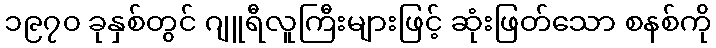
၁၉၇၀ ခုနှစ်တွင် ဂျူရီလူကြီးများဖြင့် ဆုံးဖြတ်သော စနစ်ကို